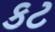
કટ